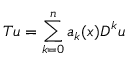
T u = \sum _ { k = 0 } ^ { n } a _ { k } ( x ) D ^ { k } u